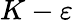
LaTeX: K-\varepsilon